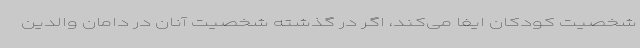
شخصیت‌ کودکان ایفا می‌کند، اگر در گذشته شخصیت آنان در دامان والدین